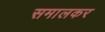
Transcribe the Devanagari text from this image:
समालकर